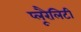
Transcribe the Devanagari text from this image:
प्लूरैलिटी